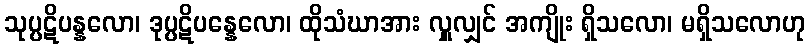
သုပ္ပဋိပန္နလော၊ ဒုပ္ပဋိပန္နေလော၊ ထိုသံဃာအား လှူလျှင် အကျိုး ရှိသလော၊ မရှိသလောဟု